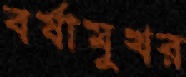
বর্ষামুখর